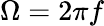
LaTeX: \Omega=2\pi f